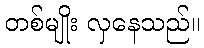
တစ်မျိုး လှနေသည်။